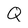
Character: Q